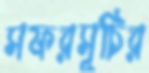
সফরসূচির